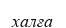
халға